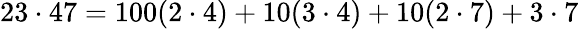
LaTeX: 23\cdot 47=100(2\cdot 4)+10(3\cdot 4)+10(2\cdot 7)+3\cdot 7